Civil Veterinary Dept. Bombay admin report 1893-99 - 1893-1899
Year: 1893
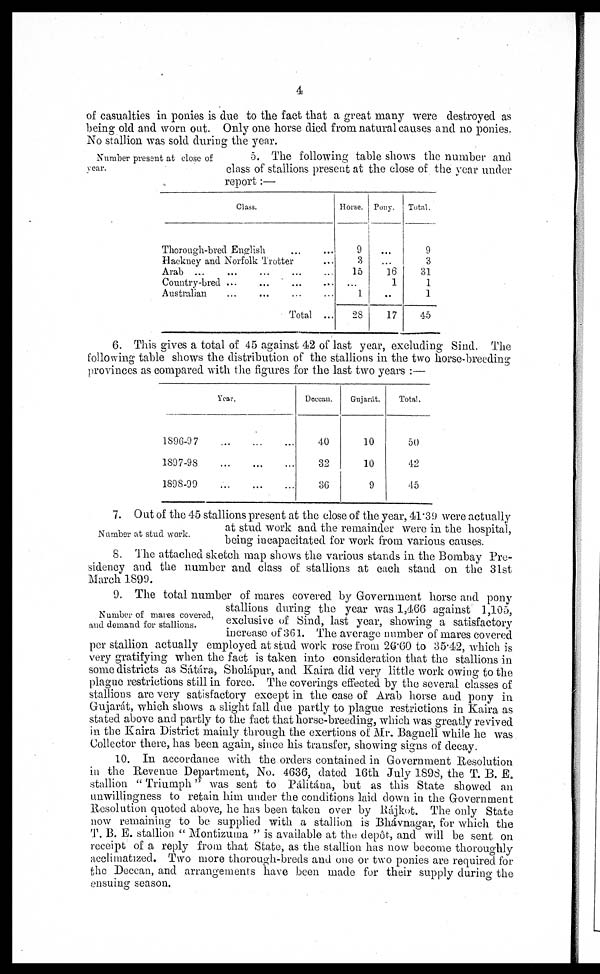
4
of casualties in ponies is due to the fact that a great many were destroyed as
being old and worn out. Only one horse died from natural causes and no ponies.
No stallion was sold during the year.
Number present at close of
year.
5. The following table shows the number and
class of stallions present at the close of the year under
report :—
Class.
Thorough-bred English … …
Hackney and Norfolk Trotter …
Arab ... … … … …
Country-bred … … … …
Australian … … … …
Total ...
Horse.
9
3
15
…
1
28
Pony.
…
…
16
1
..
17
Total.
9
3
31
1
1
45
6. This gives a total of 45 against 42 of last year, excluding Sind. The
following table shows the distribution of the stallions in the two horse-breeding
provinces as compared with the figures for the last two years :—
Year.
1896-97 … … …
1897-98 … … …
1898-99 … … …
Deccan.
40
32
36
Gujarát.
10
10
9
Total.
50
42
45
Number at stud work
7. Out of the 45 stallions present at the close of the year, 41.39 were actually
at stud work and the remainder were in the hospital,
being incapacitated for work from various causes.
8. The attached sketch map shows the various stands in the Bombay Pre-
sidency and the number and class of stallions at each stand on the 31st
March 1899.
Number of mares covered,
and demand for stallions.
9. The total number of mares covered by Government horse and pony
stallions during the year was 1,466 against 1,105,
exclusive of Sind, last year, showing a satisfactory
increase of 361. The average number of mares covered
per stallion actually employed at stud work rose from 26.60 to 35.42, which is
very gratifying when the fact is taken into consideration that the stallions in
some districts as Sátára, Sholápur, and Kaira did very little work owing to the
plague restrictions still in force. The coverings effected by the several classes of
stallions arc very satisfactory except in the case of Arab horse and pony in
Gujarát, which shows a slight fall due partly to plague restrictions in Kaira as
stated above and partly to the fact that horse-breeding, which was greatly revived
in the Kaira District mainly through the exertions of Mr. Bagnell while he was
Collector there, has been again, since his transfer, showing signs of decay.
10. In accordance with the orders contained in Government Resolution
in the Revenue Department, No. 4636, dated 16th July 1898, the T. B. E.
stallion " Triumph " was sent to Pálitána, but as this State showed an
unwillingness to retain him under the conditions laid down in the Government
Resolution quoted above, he has been taken over by Rájkot. The only State
now remaining to be supplied with a stallion is Bhávnagar, for which the
T. B. E. stallion " Montizuina " is available at the depôt, and will be sent on
receipt of a reply from that State, as the stallion has now become thoroughly
acclimatized. Two more thorough-breds and one or two ponies are required for
the Deccan, and arrangements have been made for their supply during the
ensuing season.